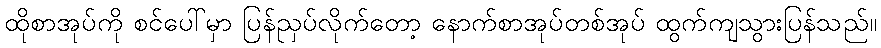
ထိုစာအုပ်ကို စင်ပေါ်မှာ ပြန်ညှပ်လိုက်တော့ နောက်စာအုပ်တစ်အုပ် ထွက်ကျသွားပြန်သည်။